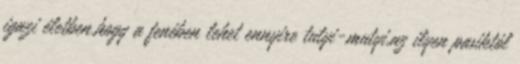
igazi életben.hogy a fenében lehet ennyire tutyi-mutyi,az ilyen pasiktól